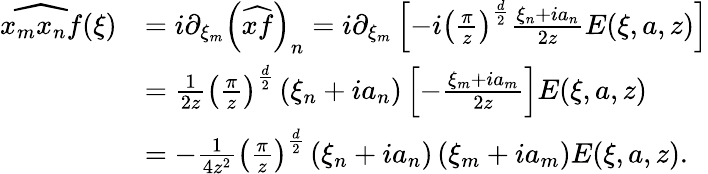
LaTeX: \begin{array}{rl}{\widehat{x_{m}x_{n}f}(\xi)}&{=i\partial_{\xi_{m}}\left(\widehat{xf}\right)_{n}=i\partial_{\xi_{m}}\left[-i\left(\frac{\pi}{z}\right)^{\frac{d}{2}}\frac{\xi_{n}+ia_{n}}{2z}E(\xi,a,z)\right]}\\ &{=\frac{1}{2z}\left(\frac{\pi}{z}\right)^{\frac{d}{2}}\left(\xi_{n}+ia_{n}\right)\left[-\frac{\xi_{m}+ia_{m}}{2z}\right]E(\xi,a,z)}\\ &{=-\frac{1}{4z^{2}}\left(\frac{\pi}{z}\right)^{\frac{d}{2}}\left(\xi_{n}+ia_{n}\right)\left(\xi_{m}+ia_{m}\right)E(\xi,a,z).}\end{array}